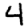
Digit: 4